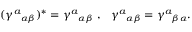
( { \gamma ^ { a } } _ { \alpha \beta } ) ^ { \ast } = { \gamma ^ { a } } _ { \alpha \beta } \ , \ \ { \gamma ^ { a } } _ { \alpha \beta } = { \gamma ^ { a } } _ { \beta \alpha } .